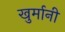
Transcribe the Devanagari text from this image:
खुर्मानी